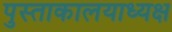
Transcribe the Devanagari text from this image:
पुस्ताकालयाध्यक्ष